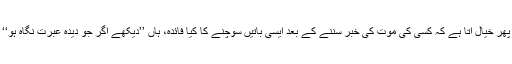
پھر خیال آتا ہے کہ کسی کی موت کی خبر سننے کے بعد ایسی باتیں سوچنے کا کیا فائدہ، ہاں ’’دیکھے اگر جو دیدۂ عبرت نگاہ ہو‘‘